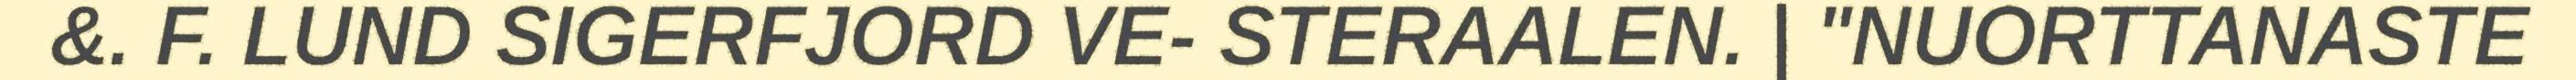
&. F. LUND SIGERFJORD VE- STERAALEN. | "NUORTTANASTE